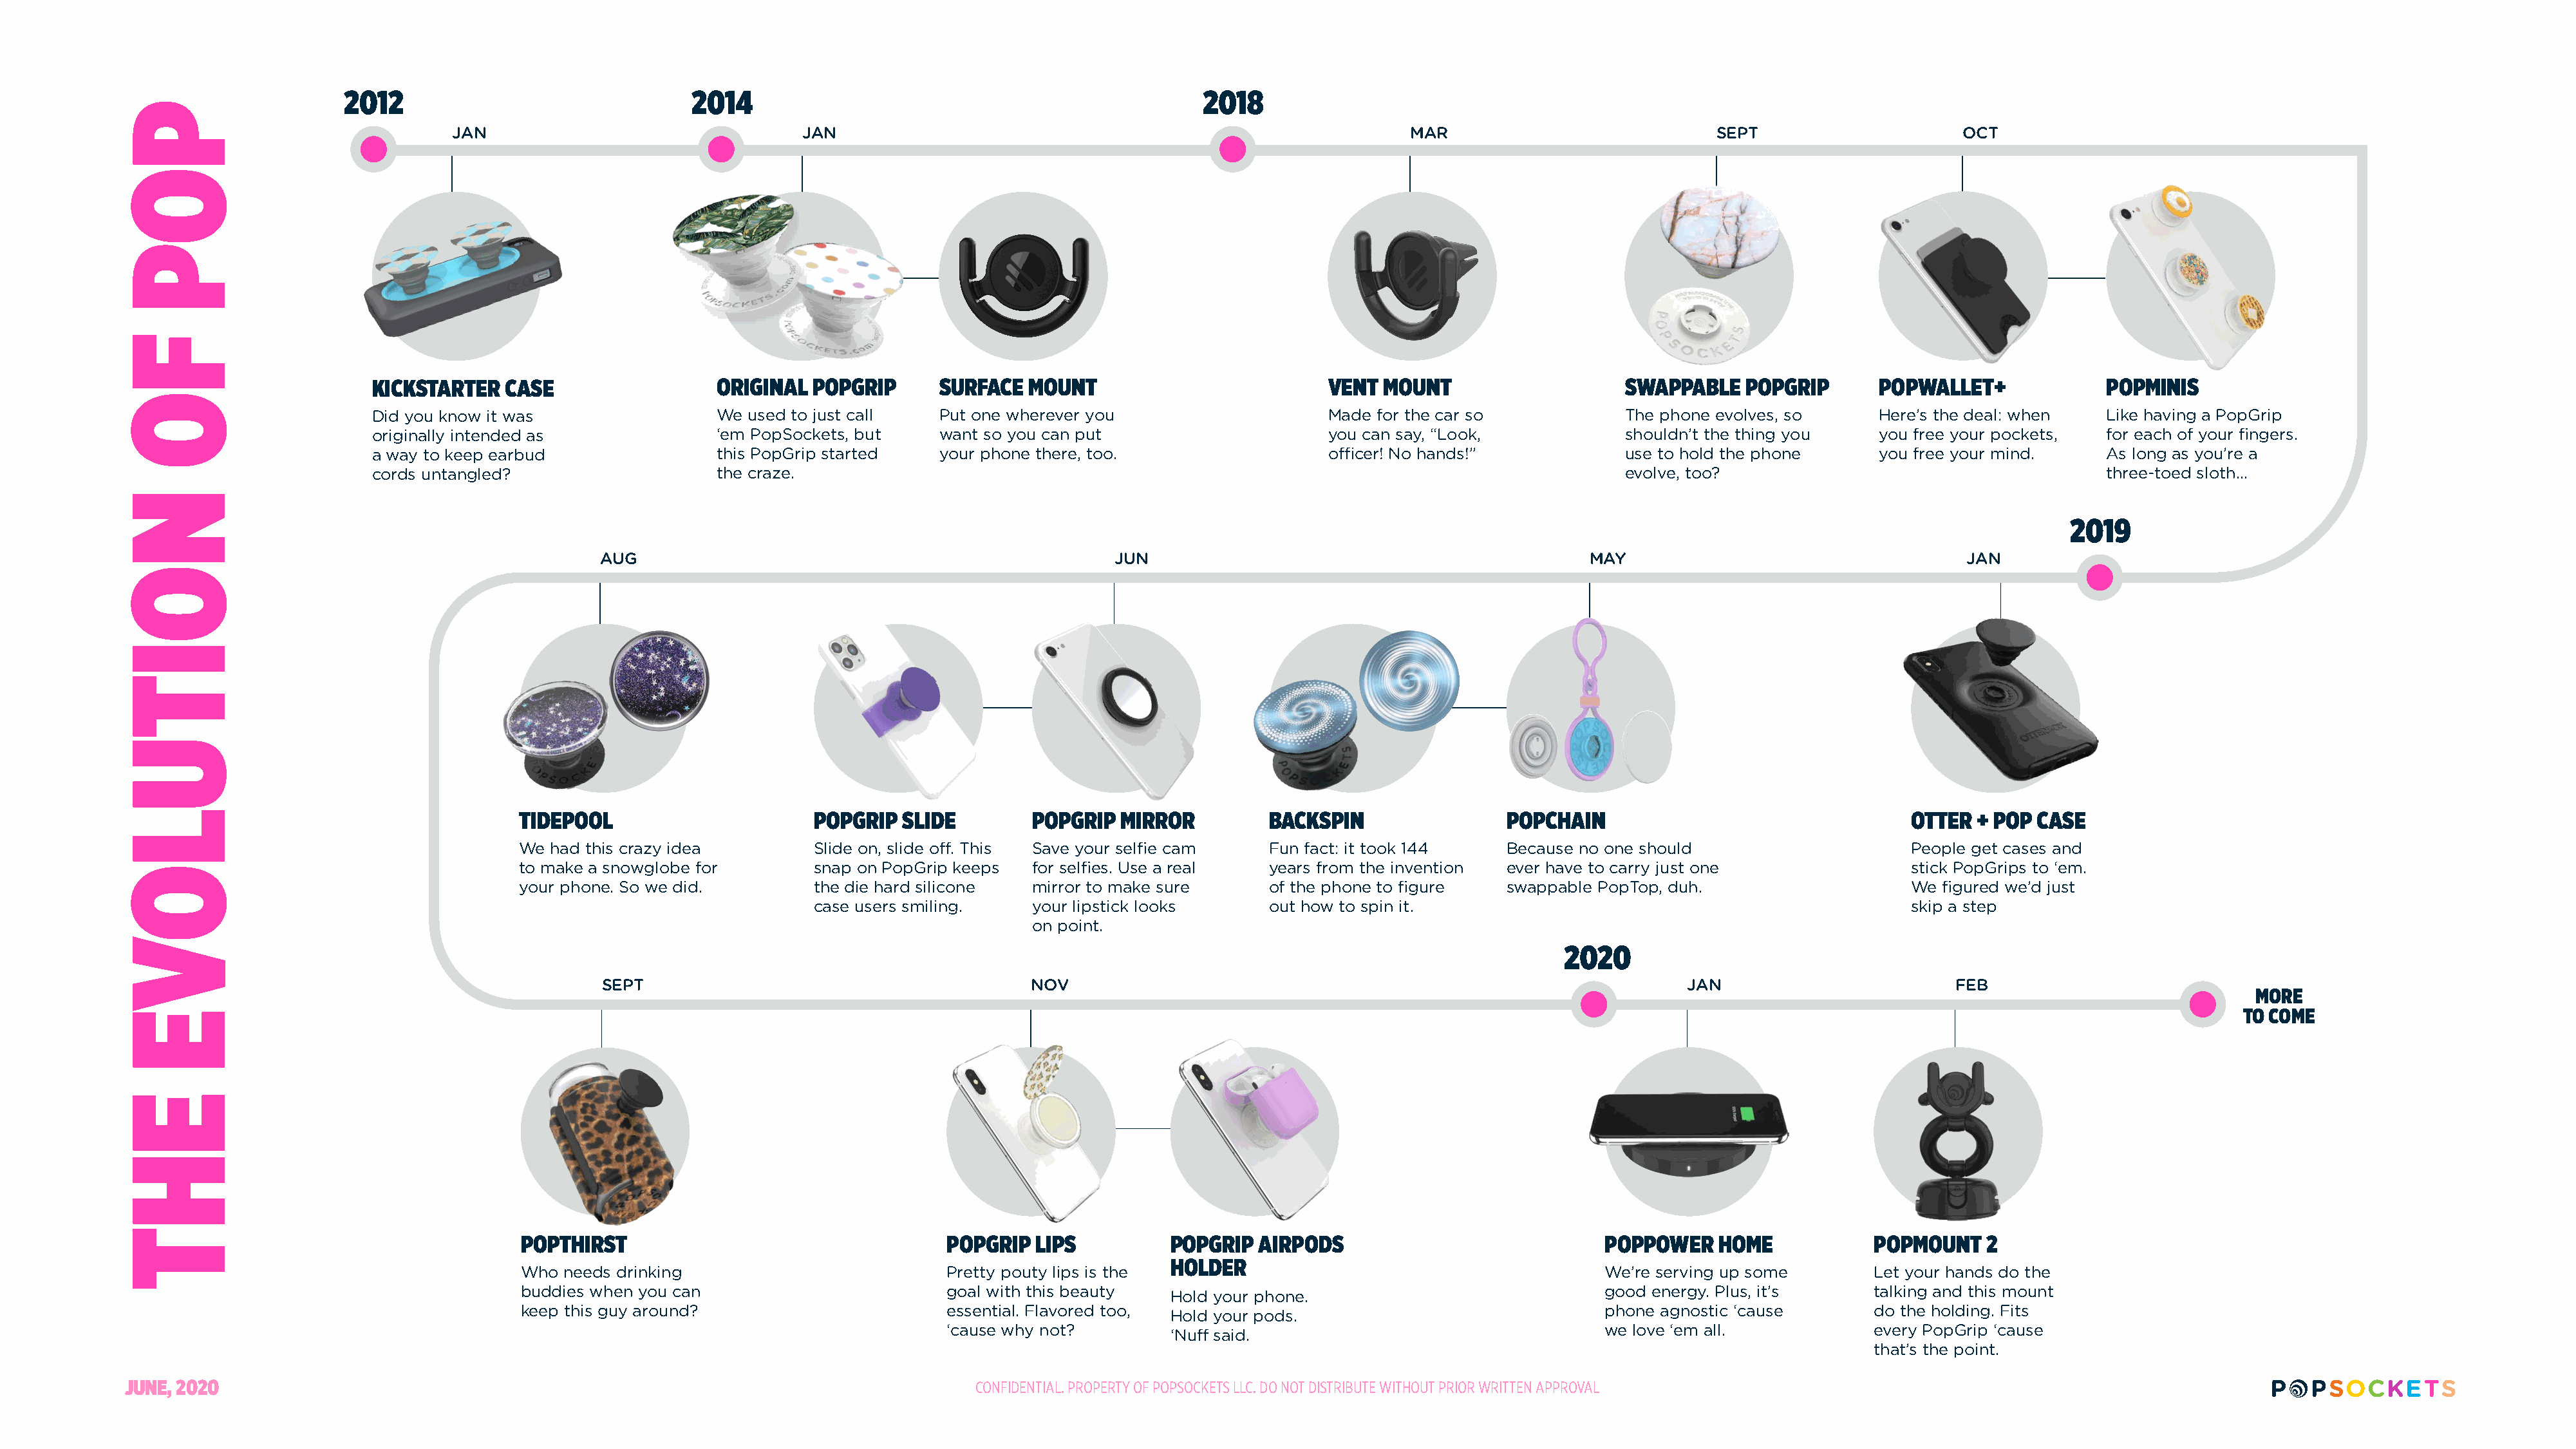
2012                                2014                                                 2018
 JAN                                 JAN                                                            MAR                            SEPT                      OCT
 KICKSTARTER   CASE                  ORIGINAL  POPGRIP      SURFACE  MOUNT                          VENT MOUNT                    SWAPPABLE   POPGRIP       POPWALLET+              POPMINIS
 Did you know it was                 We used to just call   Put one wherever you                    Made for the car so           The phone evolves, so     Here’s the deal: when   Like having a PopGrip
 originally intended as              ‘em PopSockets, but    want so you can put                     you can say, “Look,           shouldn’t the thing you   you free your pockets,  for each of your fingers.
 a way to keep earbud                this PopGrip started   your phone there, too.                  officer! No hands!”           use to hold the phone     you free your mind.     As long as you’re a
 cords untangled?                    the craze.                                                                                   evolve, too?                                      three-toed sloth...
 2019
 AUG                                                  JUN                                             MAY                                    JAN
 TIDEPOOL                       POPGRIP  SLIDE        POPGRIP  MIRROR         BACKSPIN                 POPCHAIN                                 OTTER  + POP CASE
 We  had this crazy idea        Slide on, slide off. This Save your selfie cam Fun fact: it took 144   Because no one should                    People get cases and
 to make a snowglobe for        snap on PopGrip keeps for selfies. Use a real years from the invention ever have to carry just one              stick PopGrips to ‘em.
 your phone. So we did.         the die hard silicone mirror to make sure     of the phone to figure   swappable PopTop, duh.                   We  figured we’d just
 case users smiling.   your lipstick looks     out how to spin it.                                               skip a step
 on point.
 2020
 SEPT                                        NOV                                                                JAN                         FEB
 MORE
 TO COME
 POPTHIRST                                  POPGRIP  LIPS          POPGRIP  AIRPODS                             POPPOWER    HOME            POPMOUNT   2
 HOLDER
 Who needs drinking                         Pretty pouty lips is the                                            We’re serving up some       Let your hands do the
 buddies when you can                       goal with this beauty                                               good energy. Plus, it’s     talking and this mount
 Hold your phone.
 keep this guy around?                      essential. Flavored too,                                            phone agnostic ‘cause       do the holding. Fits
 Hold your pods.
 ‘cause why not?                                                     we love ‘em all.            every PopGrip ‘cause
 ‘Nuff said.
 that’s the point.
 JUNE, 2020                                                                             CONFIDENTIAL. PROPERTY OF POPSOCKETS LLC. DO NOT DISTRIBUTE WITHOUT PRIOR WRITTEN APPROVAL
 POP
 FO
 NOITULOVE
 EHT